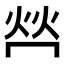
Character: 𤇾